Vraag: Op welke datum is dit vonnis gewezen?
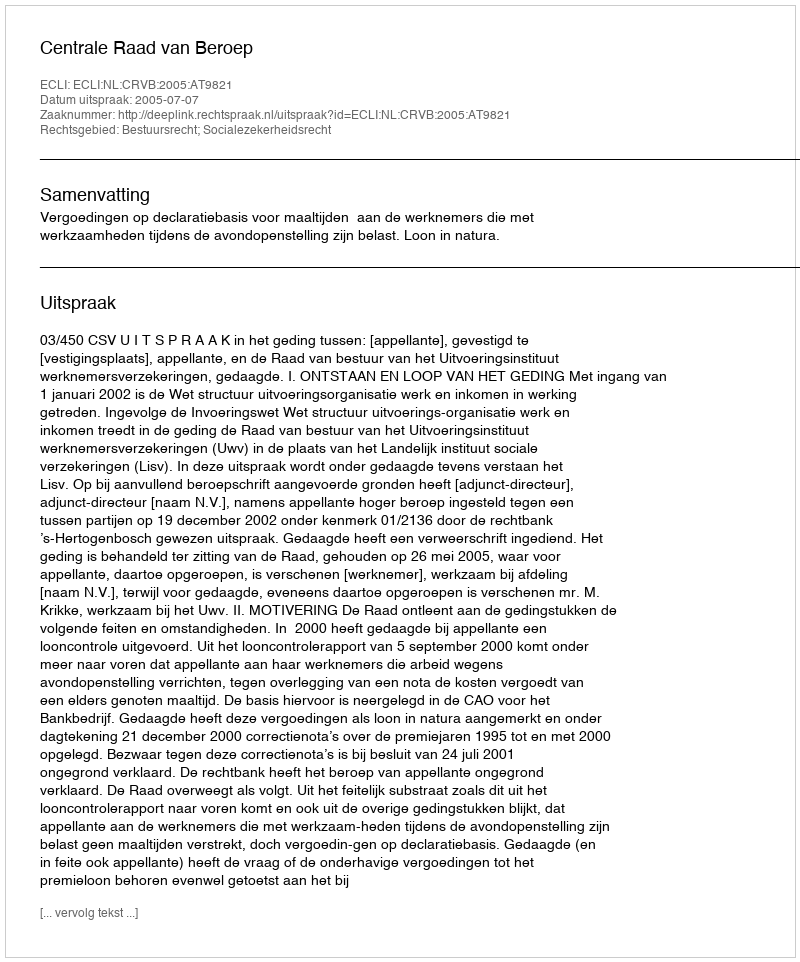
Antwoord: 2005-07-07